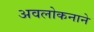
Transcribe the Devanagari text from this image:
अवलोकनाने